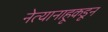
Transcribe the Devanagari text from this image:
नेत्यानाहूकडून